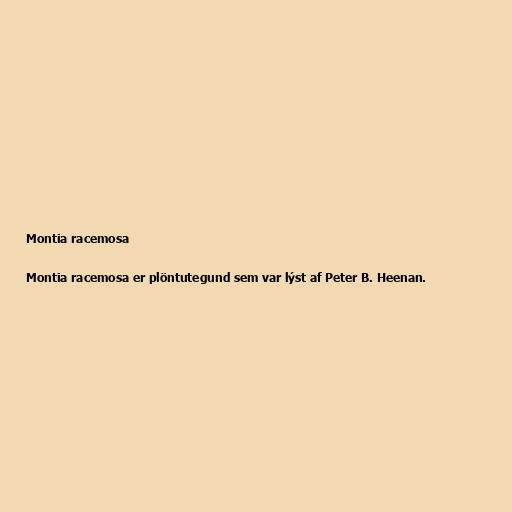
Montia racemosa

Montia racemosa er plöntutegund sem var lýst af Peter B. Heenan.